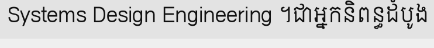
Systems Design Engineering ។ជាអ្នកនិពន្ធដំបូង